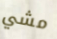
مشي